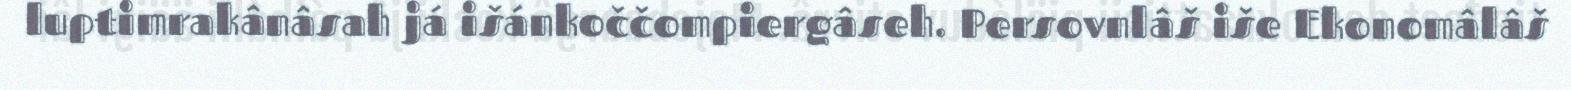
luptimrakânâsah já išánkoččompiergâseh. Persovnlâš iše Ekonomâlâš